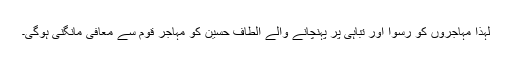
لہٰذا مہاجروں کو رسوا اور تباہی پر پہنچانے والے الطاف حسین کو مہاجر قوم سے معافی مانگنی ہوگی۔